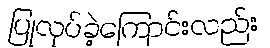
ပြုလုပ်ခဲ့ကြောင်းလည်း